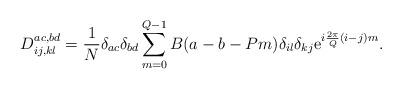
LaTeX: \begin{align*}D^{ac, bd}_{ ij, kl} ={1\over N}\delta_{ac}\delta_{bd} \sum_{m=0}^{Q-1}B(a-b-Pm)\delta_{il}\delta_{kj}{\rm e}^{i{2\pi\over Q}(i-j)m}.\end{align*}